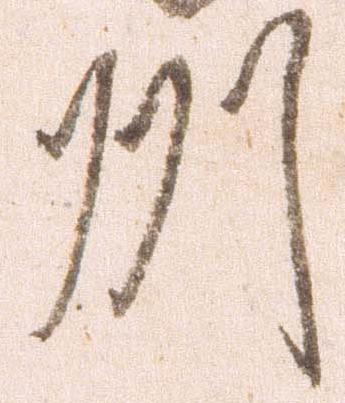
州